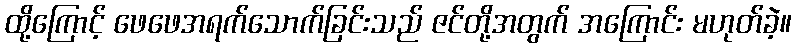
ထို့ကြောင့် ဖေဖေအရက်သောက်ခြင်းသည် ဇင်တို့အတွက် အကြောင်း မဟုတ်ခဲ့။